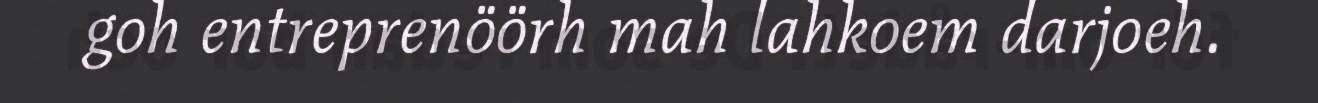
goh entreprenöörh mah lahkoem darjoeh.